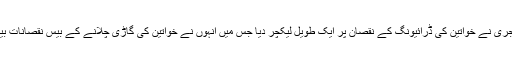
الشیخ سعد الحجری نے خواتین کی ڈرائیونگ کے نقصان پر ایک طویل لیکچر دیا جس میں انہوں نے خواتین کی گاڑی چلانے کے بیس نقصانات بیان کئے تھے۔